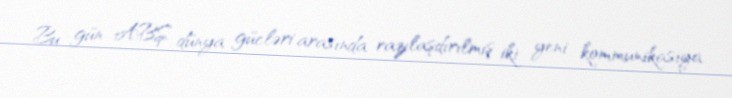
Bu gün ABŞ dünya gücləri arasında razılaşdırılmış iki yeni kommunikasiya